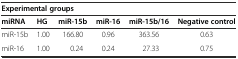
<table><thead><tr><td colspan="6"><b>Experimental groups</b></td></tr><tr><td><b>miRNA</b></td><td><b>HG</b></td><td><b>miR-15b</b></td><td><b>miR-16</b></td><td><b>miR-15b/16</b></td><td><b>Negative control</b></td></tr></thead><tbody><tr><td>miR-15b</td><td>1.00</td><td>166.80</td><td>0.96</td><td>363.56</td><td>0.63</td></tr><tr><td>miR-16</td><td>1.00</td><td>0.24</td><td>0.24</td><td>27.33</td><td>0.75</td></tr></tbody></table>